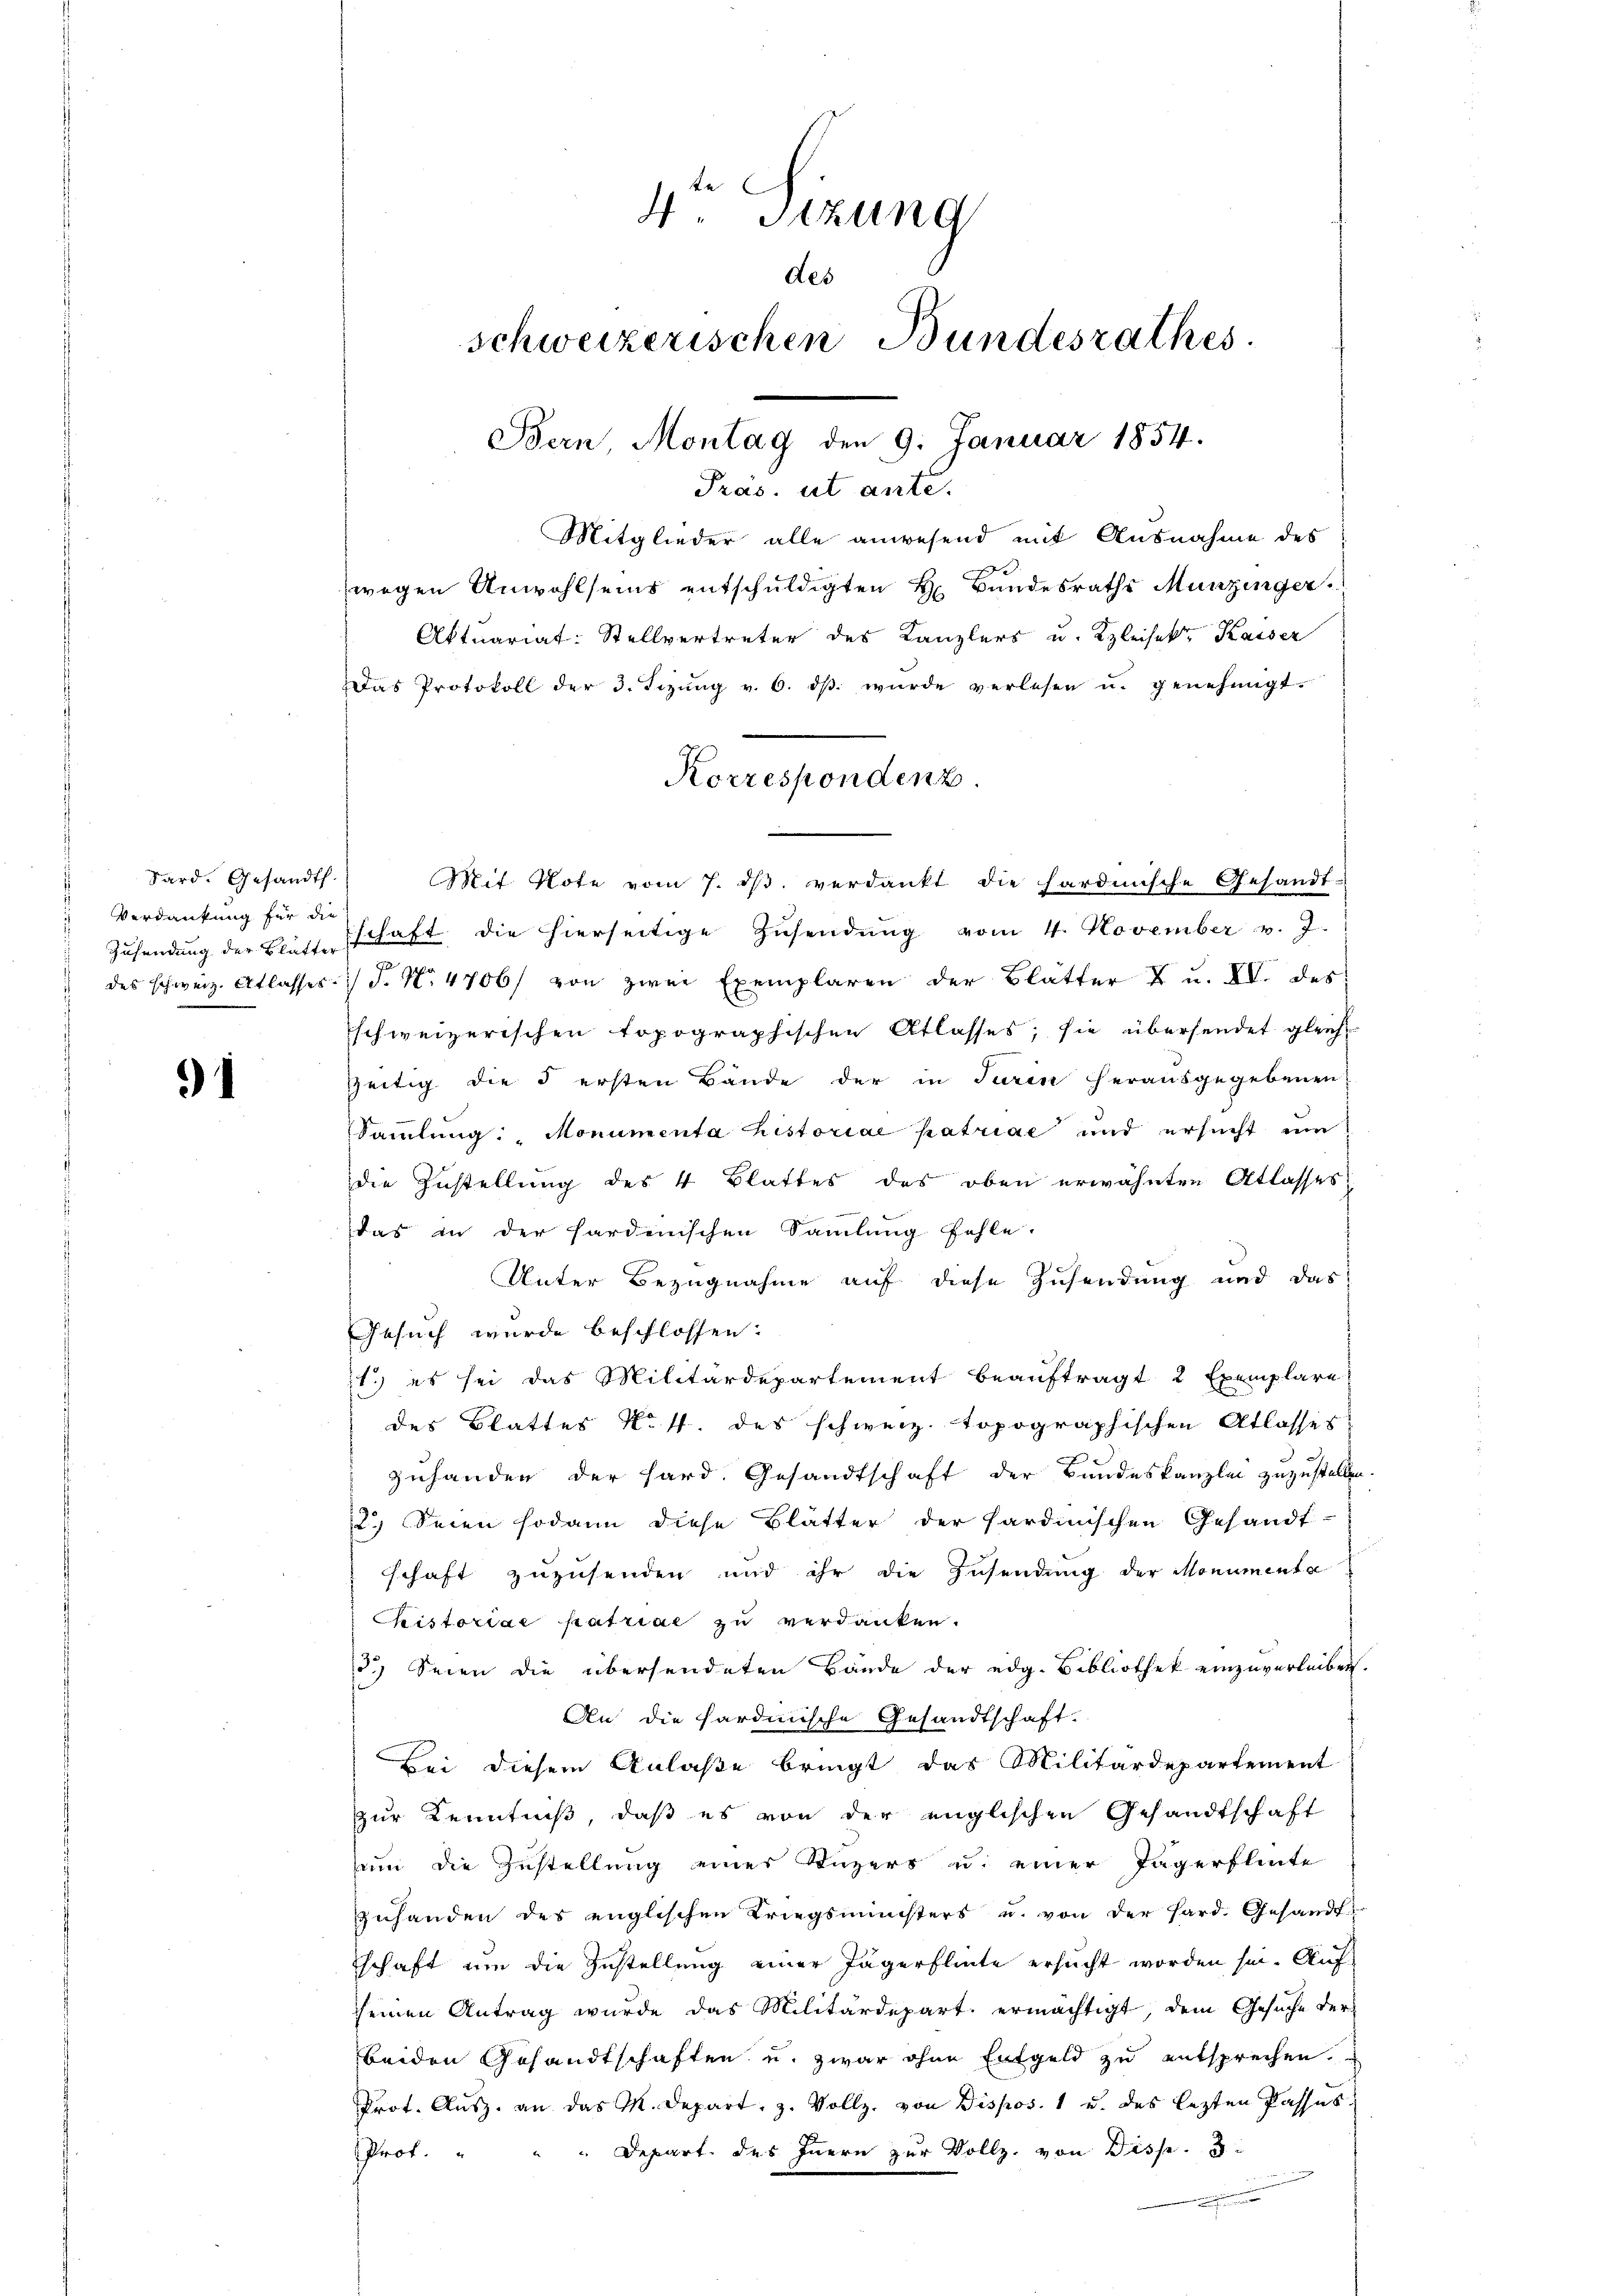
Sard. Gesandt.
Verdankung für die
Zusendung der Blätter
des schweiz. Atlasser

91

4. Sitzung
des
schweizerischen Bundesrathes.
Bern, Montag den 9. Januar 1854.

Pras. ut ante.
Mitglieder alle anwesend mit Ausnahme des
zwegen Anwohlseins entschuldigten H. Bundesraths Munzinger
Aktuariat: Stellvertreter des Kanzlers u. Kleisek. Kaiser
Das Protokoll der 3. Sizŭng v. 6. dβ wŭrde verlesen u. genehmigt.
Mit Note vom 7. dβ verdankt die hardische Gesandt-
schaft die hierseitige Zŭsendŭng vom 4. November v. J.
F. No. 4706/ von zwei Exemplaren der Blatter X u. XV. des
schweizerischen topographischen Atlasses; sie übersendet gleich
zeitig die 5 ersten Bände der in Turin herausgegebenen
Sammlung: Monumenta historiae patriae und ersucht um
die Zustellung des 4 Blattes des oben erwähnten Atlasses
das in der hardenischen Samlung fehle.
Unter Bezugnahme auf diese Zusendung und das
Gesuch wurde beschlossen:
1.) es sei das Militärdepartement beauftragt, 2 Exemplare
des Blattes N. 4. des schweiz. topographischen Atlasses
zuhanden der hard. Gesandtschaft der Bundeskanzlei zuzustellen
2.) Seien sodann diese Blätter der Sardinischen Gesandt-
schaft zuzusenden und ihr die Zusendung der Monumenta
Phistoriae patriae zu verdanken.
3.) Seien die übersendeten Bände der edg. Bibliothek einzuverleiben.
An die hardinische Gesandtschaft.
Bei diesem Anlaße bringt das Militärdepartement
zur Kenntniß, daß es von der englischen Gesandtschaft
um die Zustellung einer Stuzers u. einer Jägerflinte
zŭhanden des englischen Kriegsministers u. von der Hard. Gesandt
schaft um die Zustellung einer Jägerflinte ersucht worden sei. Auf
seinen Antrag wurde das Militärdepart ermächtigt, dem Gesuche der
beiden Gesandtschaften u. zwar ohne Entgeld zu entsprechen.
Prot. Aŭsz. an das M. Depart, z. Vollz. von Dispos. 1 u. des lezten Passus,
Depart des Innern zur Vollz, von Disse.
Prof.
n

Korrespondenz.